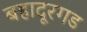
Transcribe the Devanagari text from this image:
बहादूरगड